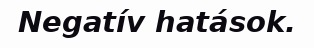
Negatív hatások.